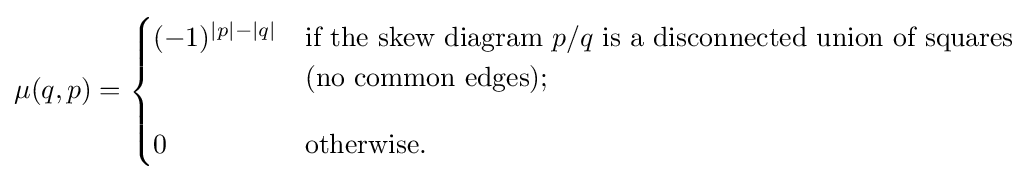
\mu (q,p)={\begin{cases}(-1)^{|p|-|q|}&{\text{if the skew diagram }}p/q{\text{ is a disconnected union of squares}}\\&{\text{(no common edges);}}\\[10pt]0&{\text{otherwise}}.\end{cases}}